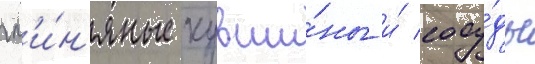
гл'и́н'яные кувши́ны и́ сосу́ды